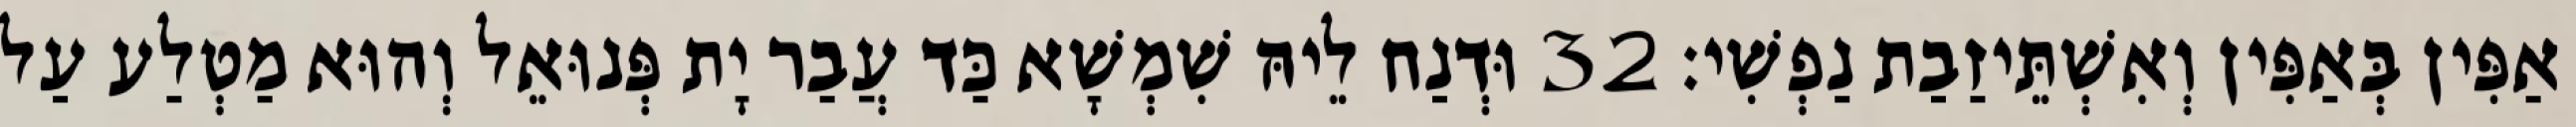
אַפִּין בְּאַפִּין וְאִשְׁתֵּיזַבַת נַפְשִׁי׃ 32 וּדְנַח לֵיהּ שִׁמְשָׁא כַּד עֲבַר יָת פְּנוּאֵל וְהוּא מַטְלַע עַל